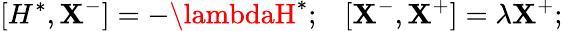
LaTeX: [H^{*},\mathbf{X}^{-}]=-\lambdaH^{*};\; \; \; [\mathbf{X}^{-},\mathbf{X}^{+}]=\lambda\mathbf{X}^{+};